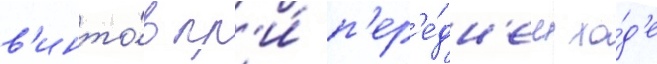
в'инто́в пр'и́ п'ер'е́дн'ем хо́д'е